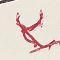
٣